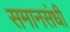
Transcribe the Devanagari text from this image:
समानसंधी